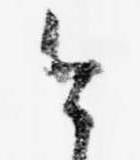
今